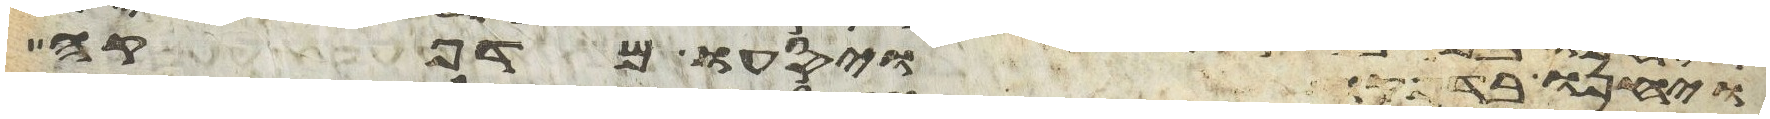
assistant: ויחנו בדפקה ויסעו מדפקה